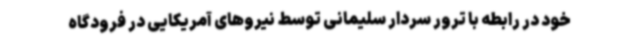
خود در رابطه با ترور سردار سلیمانی توسط نیروهای آمریکایی در فرودگاه